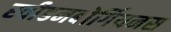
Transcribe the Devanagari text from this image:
स्वीडनबोर्गियनस